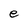
Character: e